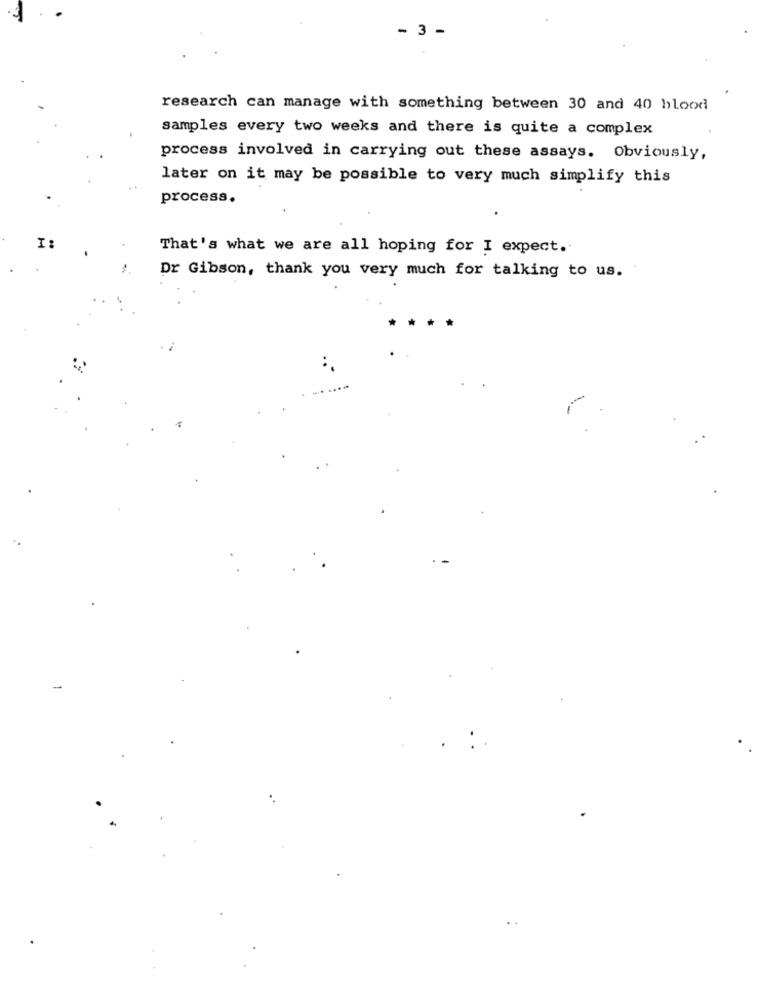
- 3 -
research can manage with something between 30 and 40 blood
samples every two weeks and there is quite a complex
process involved in carrying out these assays. Obviously,
later on it may be possible to very much simplify this
process.
I:
That's what we are all hoping for I expect.
Dr Gibson, thank you very much for talking to us.
*